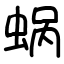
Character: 蜗